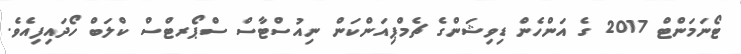
ޓޯނަމަންޓް 2017 ގެ އަންހެން ޑިވިޝަންގެ ޗެމްޕިއަންކަން ނިއުސްޓާސް ސްޕޯރޓްސް ކްލަބް ހޯދައިފިއެވެ.